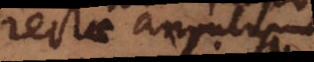
rectae angulum